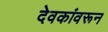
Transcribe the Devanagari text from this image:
देवकांवरून